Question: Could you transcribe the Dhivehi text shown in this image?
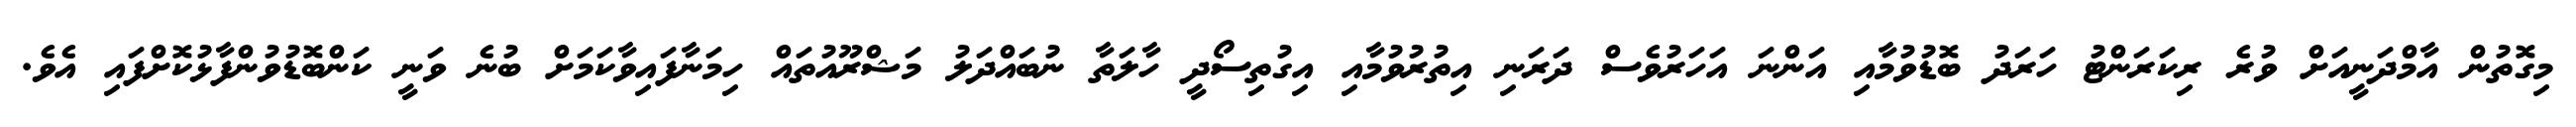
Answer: މިގޮތުން އާމްދަނީއަށް ވުރެ ރިކަރަންޓު ހަރަދު ބޮޑުވުމާއި އަންނަ އަހަރުވެސް ދަރަނި އިތުރުވުމާއި އިގުތިސޯދީ ހާލަތާ ނުބައްދަލު މަޝްރޫއުތައް ހިމަނާފައިވާކަމަށް ބުނެ ވަނީ ކަންބޮޑުވުންފާޅުކޮށްފައި އެވެ.